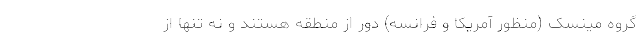
گروه مینسک (منظور آمریکا و فرانسه) دور از منطقه هستند و نه تنها از